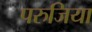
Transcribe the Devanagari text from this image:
परुजिया